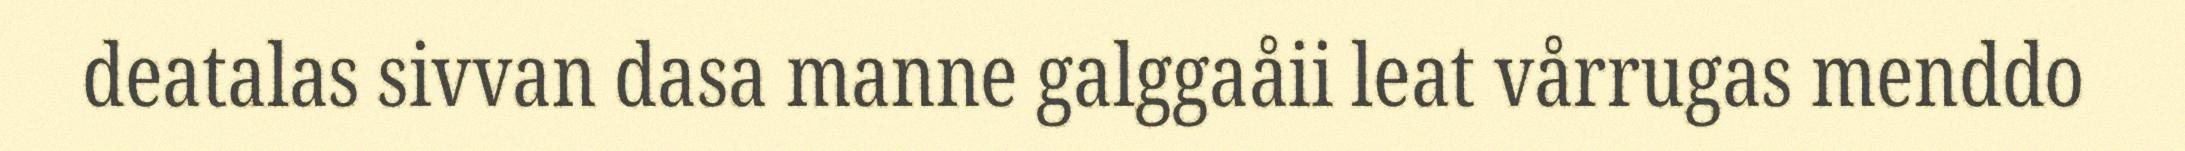
deatalas sivvan dasa manne galggaåii leat vårrugas menddo